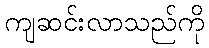
ကျဆင်းလာသည်ကို